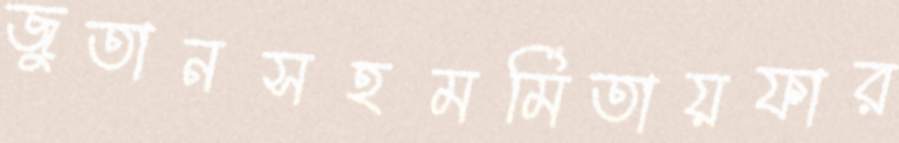
জুতানসহমর্মিতায়ফার